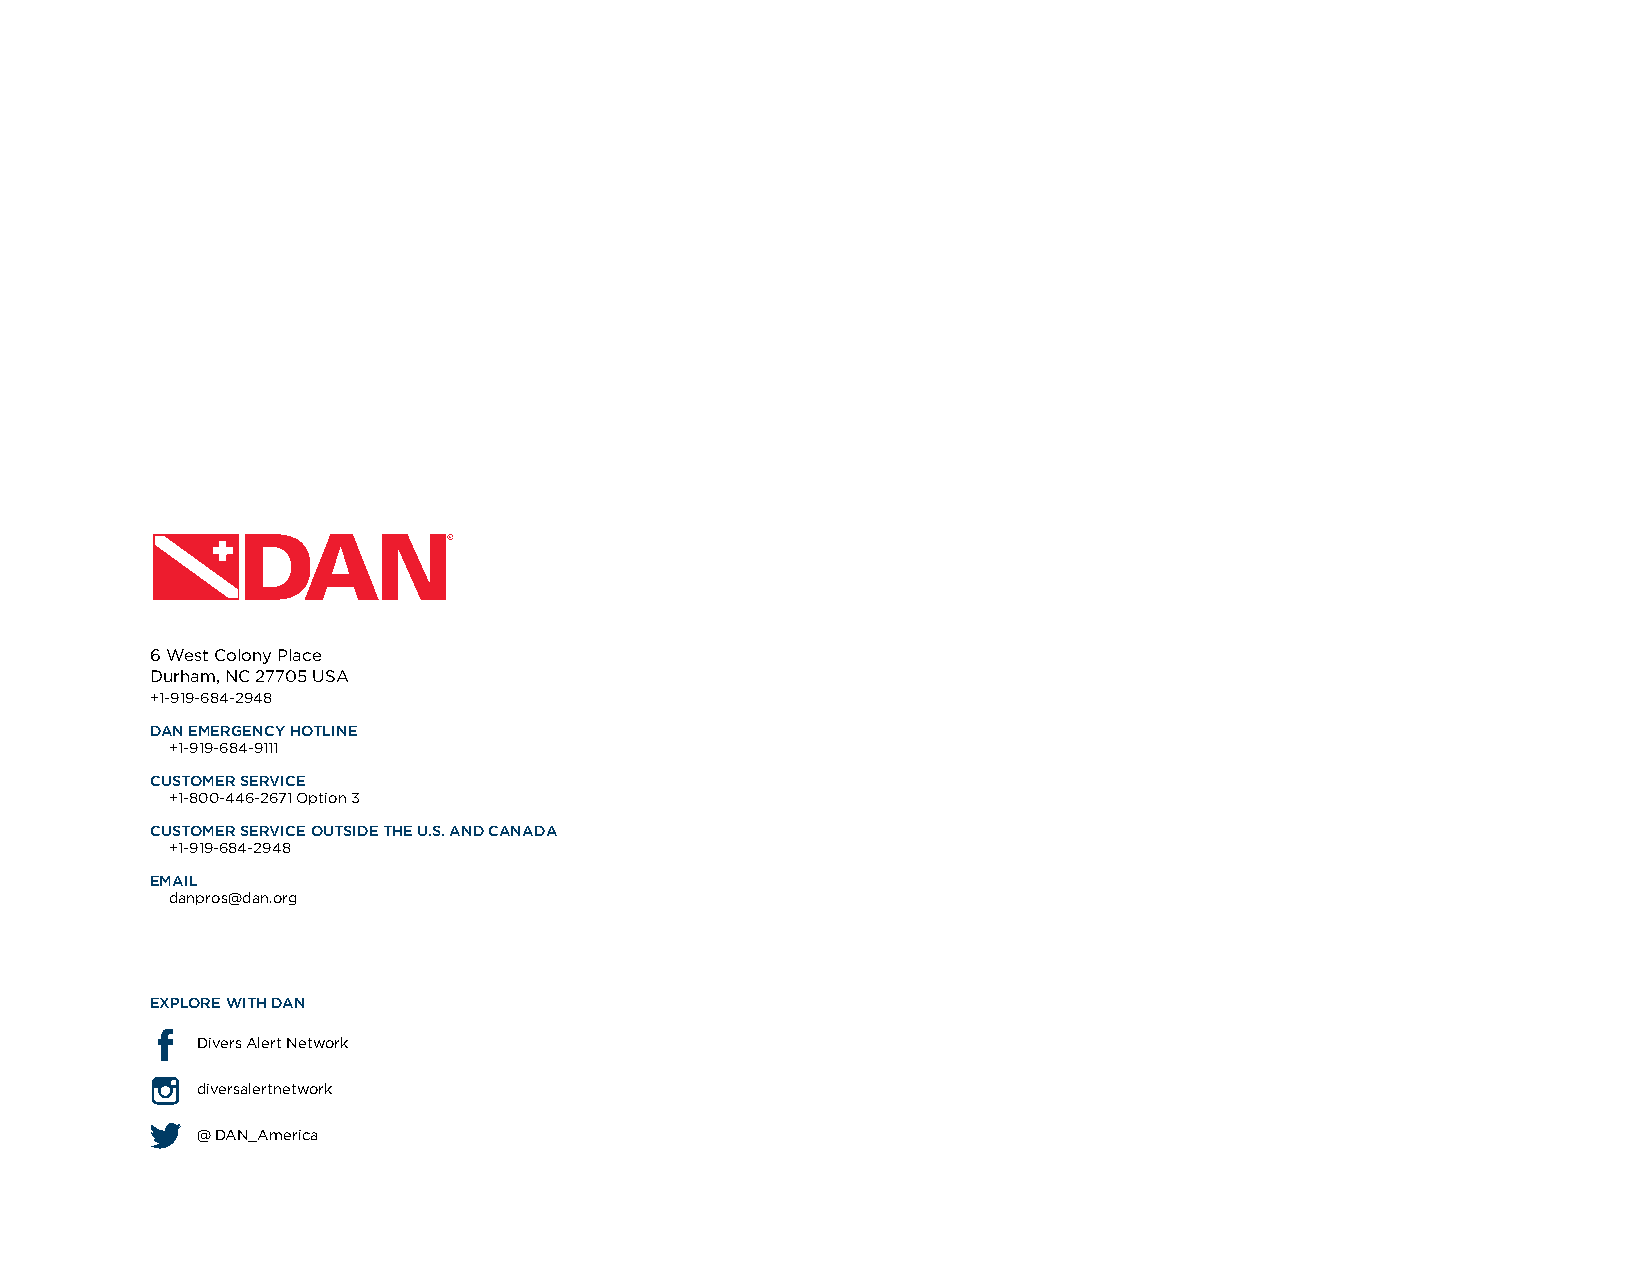
6 West Colony Place
 Durham, NC 27705 USA
 +1-919-684-2948
 DAN EMERGENCY HOTLINE
 +1-919-684-9111
 CUSTOMER SERVICE
 +1-800-446-2671 Option 3
 CUSTOMER SERVICE OUTSIDE THE U.S. AND CANADA
 +1-919-684-2948
 EMAIL
 danpros@dan.org
 EXPLORE WITH DAN
 Divers Alert Network
 diversalertnetwork
 @ DAN_America